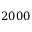
2 0 0 0